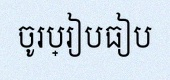
ចូរប្រៀបធៀប